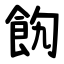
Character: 䬨